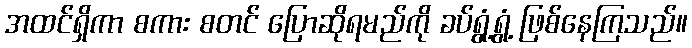
အထင်ရှိကာ စကား စတင် ပြောဆိုရမည်ကို ခပ်ရွံ့ရွံ့ ဖြစ်နေကြသည်။